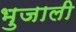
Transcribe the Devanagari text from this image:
भुजाली